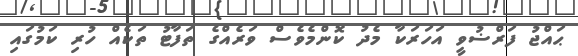
ޙައްޖު ފަރްޟުވީ އަހަރަކާ މެދު ކޮންމެވެސް ވަރެއްގެ ތަފާޓު ތަކެއް ހުރި ކަމުގައި